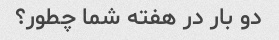
دو بار در هفته شما چطور؟